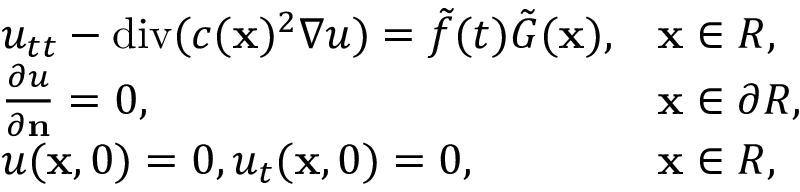
\begin{array} { r } { \begin{array} { l l } { u _ { t t } - \mathrm { d i v } ( c ( \mathbf x ) ^ { 2 } \nabla u ) = \tilde { f } ( t ) \tilde { G } ( \mathbf x ) , } & { \mathbf x \in R , } \\ { { \frac { \partial u } { \partial \mathbf n } } = 0 , } & { \mathbf x \in \partial R , } \\ { u ( \mathbf x , 0 ) = 0 , u _ { t } ( \mathbf x , 0 ) = 0 , } & { \mathbf x \in R , } \end{array} } \end{array}